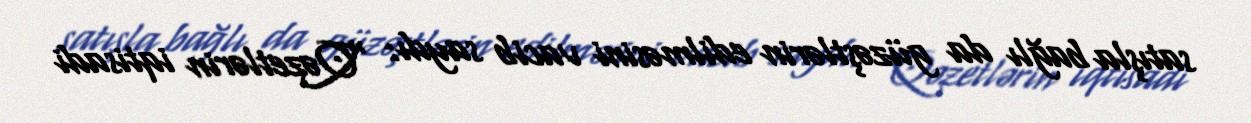
satışla bağlı da güzəştlərin edilməsini vacib saydı: “Qəzetlərin iqtisadi